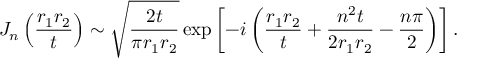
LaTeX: J _ { n } \left( \frac { r _ { 1 } r _ { 2 } } { t } \right) \sim \sqrt { \frac { 2 t } { \pi r _ { 1 } r _ { 2 } } } \exp \left[ - i \left( \frac { r _ { 1 } r _ { 2 } } { t } + \frac { n ^ { 2 } t } { 2 r _ { 1 } r _ { 2 } } - \frac { n \pi } { 2 } \right) \right] .